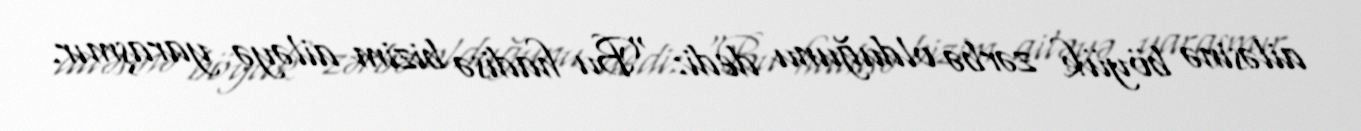
ailəsinə böyük zərbə olduğunu dedi: “Bu hadisə bizim ailəyə yaraşmır.